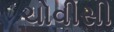
ચોવીસી